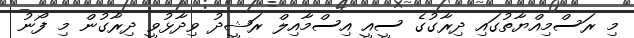
މި ރަސްމިއްޔާތުގައި ދިރާގުގެ ސީއީ އިސްމާއިލް ރަޝީދު ވިދާޅުވީ ދިރާގުން މި ފޯނު